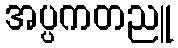
အပ္ပကတညူ